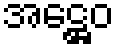
အဋ္ဌေဝ